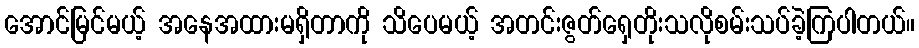
အောင်မြင်မယ့် အနေအထားမရှိတာကို သိပေမယ့် အတင်းဇွတ်ရှေတိုးသလိုစမ်းသပ်ခဲ့ကြပါတယ်။